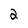
Character: 2